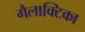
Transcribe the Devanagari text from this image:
गैलाक्टिका